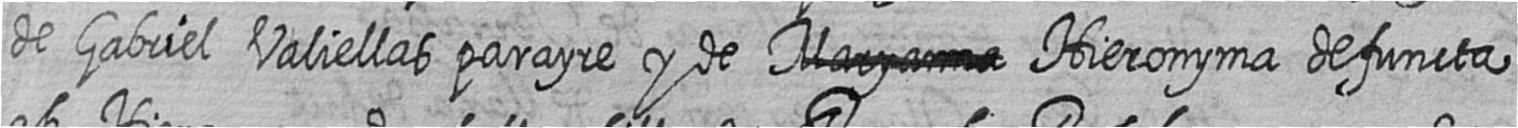
de Gabriel Valiellas parayre y de # Hieronyma defuncta